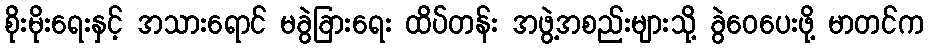
စိုးမိုးရေးနှင့် အသားရောင် မခွဲခြားရေး ထိပ်တန်း အဖွဲ့အစည်းများသို့ ခွဲဝေပေးဖို့ မာတင်က